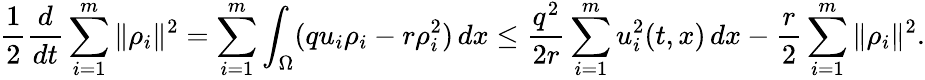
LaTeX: \frac{1}{2}\frac{d}{dt}\sum_{i=1}^{m}\| \rho_{i}\| ^{2}=\sum_{i=1}^{m}\int_{\Omega}(qu_{i}\rho_{i}-r\rho_{i}^{2})\, dx\leq\frac{q^{2}}{2r}\sum_{i=1}^{m}u_{i}^{2}(t,x)\, dx-\frac{r}{2}\sum_{i=1}^{m}\| \rho_{i}\| ^{2}.